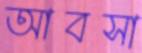
আবসা